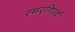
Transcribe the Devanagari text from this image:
स्मरणित्यं